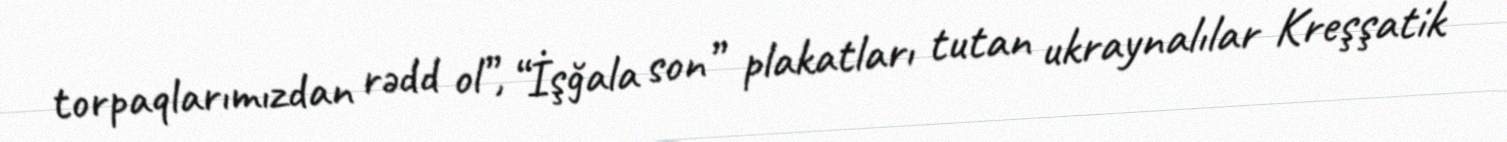
torpaqlarımızdan rədd ol”, “İşğala son” plakatları tutan ukraynalılar Kreşşatik